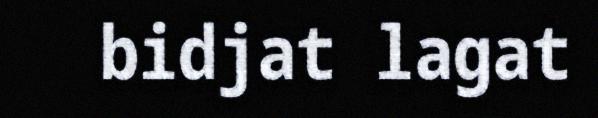
bidjat lagat